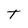
Character: T